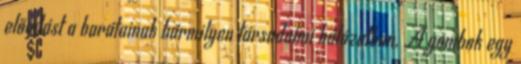
előadást a barátainak bármilyen társadalmi hálózatban. A gombok egy